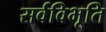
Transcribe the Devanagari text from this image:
सर्वविभूति